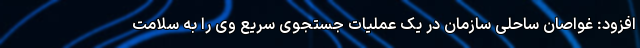
افزود: غواصان ساحلی سازمان در یک عملیات جستجوی سریع وی را به سلامت